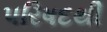
પરિષદથી